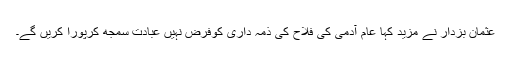
عثمان بزدار نے مزید کہا عام آدمی کی فلاح کی ذمہ داری کوفرض نہیں عبادت سمجھ کرپورا کریں گے۔